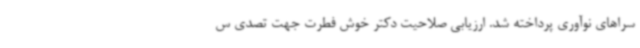
سراهای نوآوری پرداخته شد. ارزیابی صلاحیت دکتر خوش فطرت جهت تصدی س